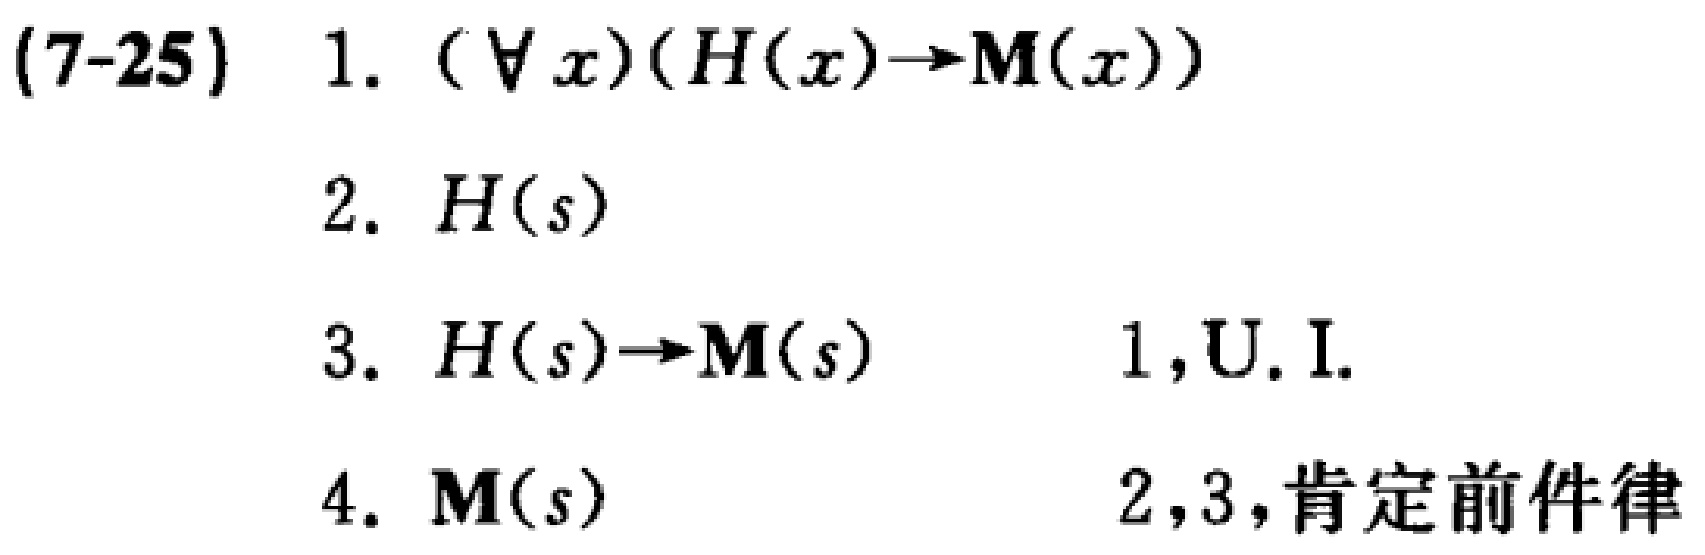
(7-25)
1. $(\forall x)(H(x)\rightarrow M(x))$
2. $H(s)$
3. $H(s)\rightarrow M(s)$ 1, U.I.
4. $M(s)$ 2,3,肯定前件律